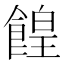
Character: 餭